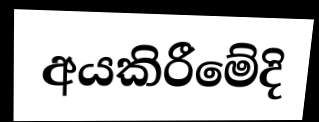
අයකිරීමේදි